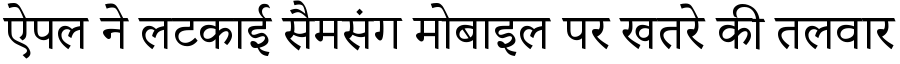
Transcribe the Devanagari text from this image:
ऐपल ने लटकाई सैमसंग मोबाइल पर खतरे की तलवार